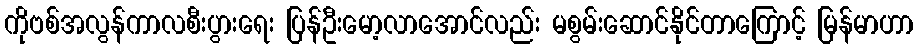
ကိုဗစ်အလွန်ကာလစီးပွားရေး ပြန်ဦးမော့လာအောင်လည်း မစွမ်းဆောင်နိုင်တာကြောင့် မြန်မာဟာ